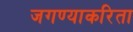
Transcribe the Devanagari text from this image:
जगण्याकरिता